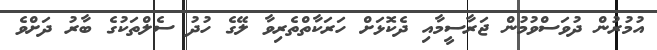
އުމުރުން ދުވަސްވުމުން ޖަރާސީމާއި ދެކޮޅަށް ހަރަކާތްތެރިވާ ލޭގެ ހުދު ސެލްތަކުގެ ބާރު ދަށްވެ